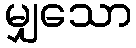
မျှသော